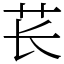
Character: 苌